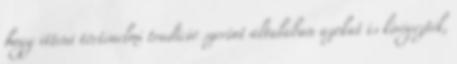
hogy itteni történelmi tradíció szerint általában azokat is kivégezték,